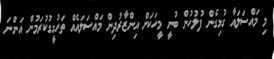
މި މައްސަލައާ ގުޅިގެން ފުލުހުން ބުނީ މީހަކަށް އިންޒާރުދިން މައްސަލައެއް ތަހުގީގުކުރަމުން އަންނަ